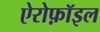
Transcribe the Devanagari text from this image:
ऐरोफ़ॉइल